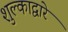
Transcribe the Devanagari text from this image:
शुल्काद्वारे